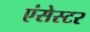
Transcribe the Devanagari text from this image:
एंसेस्टर